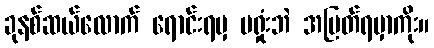
ခုနစ်ဆယ်လောက် ရောင်းရမှ မရှုံးဘဲ အမြတ်ရမှာကိုး။